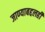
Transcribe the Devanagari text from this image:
जाण्याबद्दलही